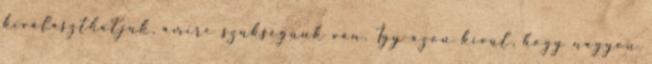
kiválaszthatjuk, amire szükségünk van. Így azon kívül, hogy nagyon